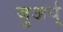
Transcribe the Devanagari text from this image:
जुअर्य्